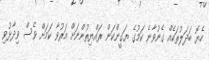
ހެޔޮ ބަދަލުތަކެއް ގެނުވާނެ ކަމުގެ ޔަގީންކަން ރައްޔިތުންނަށް އަރުވާ ކަމަށް ވެސް ވިދާޅުވި